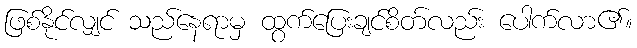
ဖြစ်နိုင်လျှင် သည်နေရာမှ ထွက်ပြေးချင်စိတ်လည်း ပေါက်လာ၏။